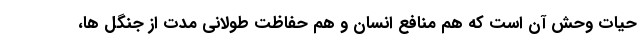
حیات وحش آن است که هم منافع انسان و هم حفاظت طولانی مدت از جنگل ها،